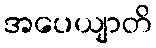
အပေယျာတိ